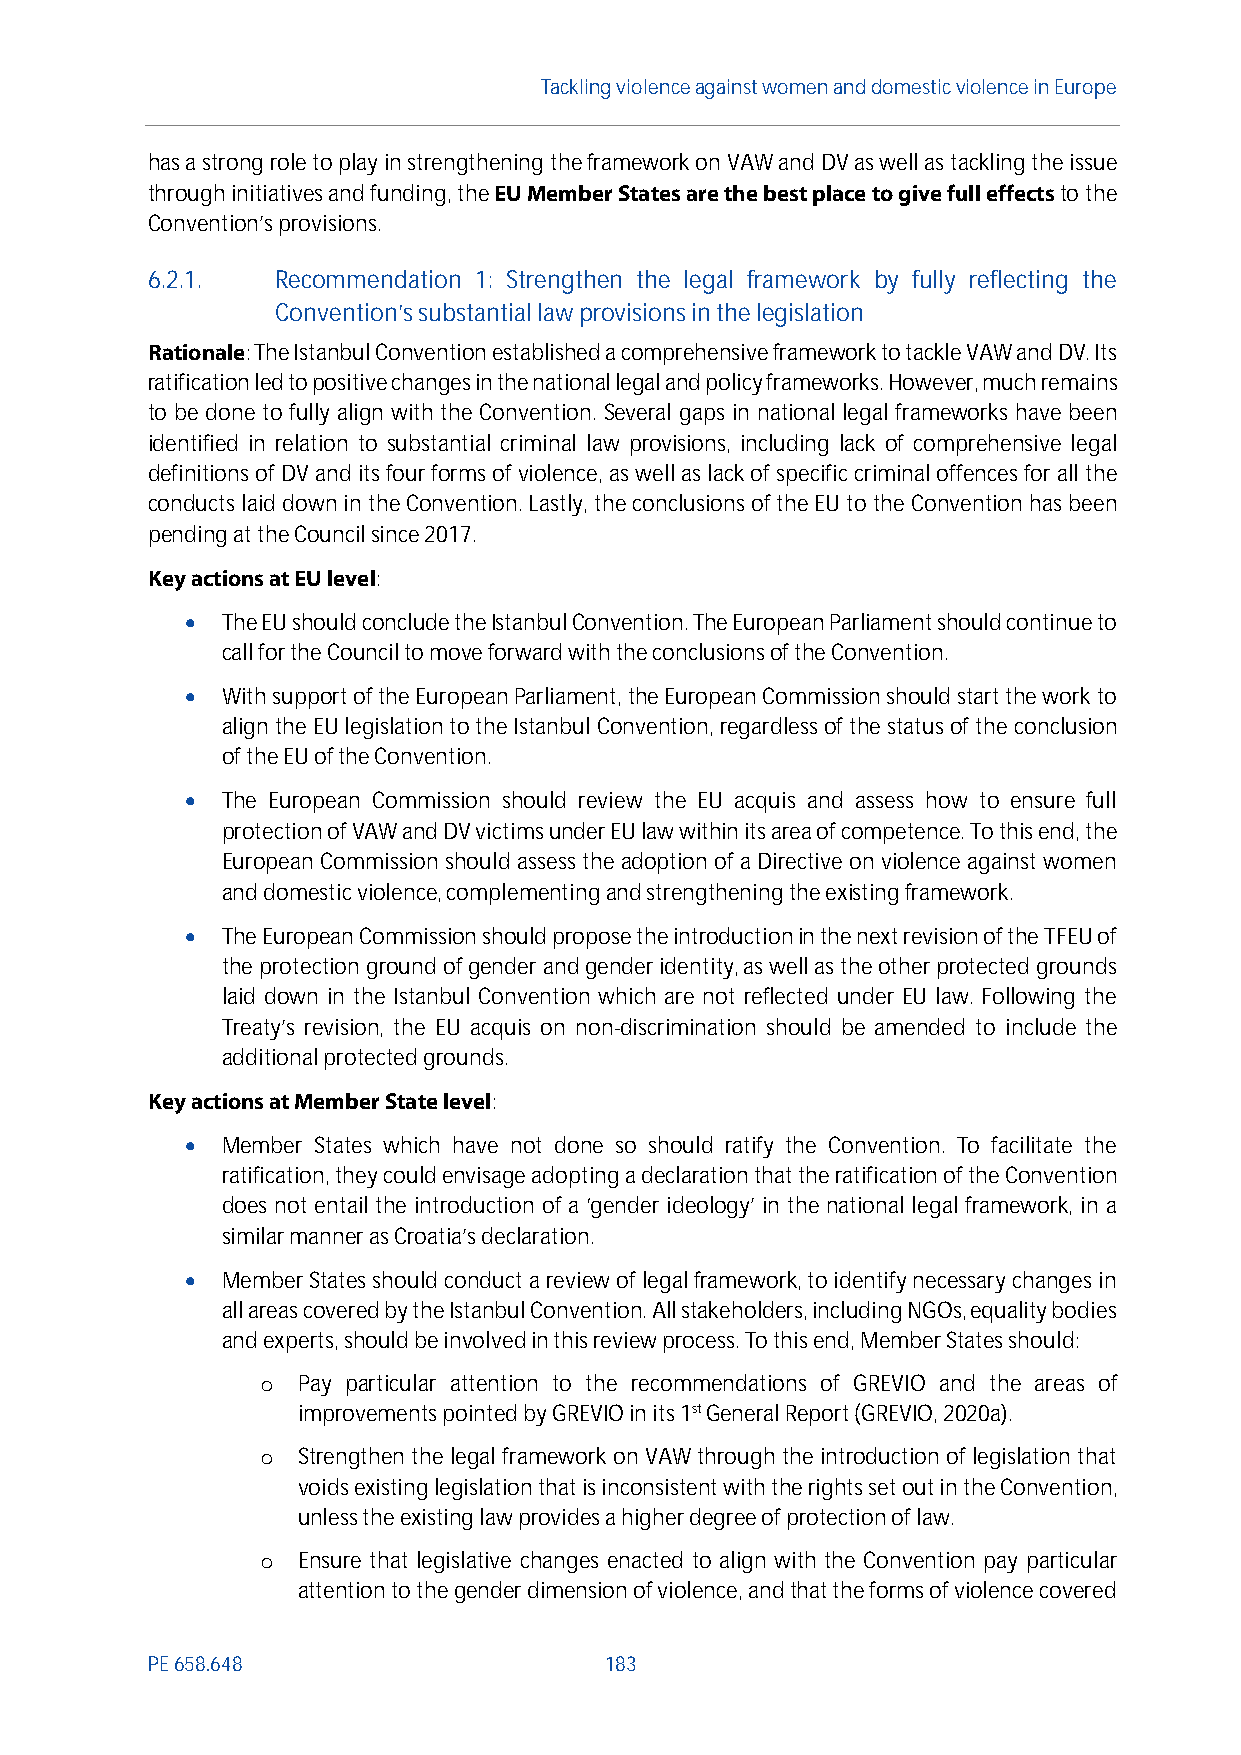
Tackling violenceagainst women anddomesticviolence in Europe
 has a strong role to play in strengthening theframework on VAW and DV as well as tackling the issue
 through initiatives and funding, theEU Member Statesarethe best place to give full effectsto the
 Convention’s provisions.
 6.2.1.  Recommendation 1: Strengthen the legal framework by fully reflecting the
 Convention’s substantial law provisions in the legislation
 Rationale: The Istanbul Convention established a comprehensive framework to tackle VAW and DV. Its
 ratification led to positive changes in the national legal and policy frameworks. However, much remains
 to be done to fully align with the Convention. Several gaps in national legal frameworks have been
 identified in relation to substantial criminal law provisions, including lack of comprehensive legal
 definitions of DV and its four forms of violence, as well as lack of specific criminal offences for all the
 conducts laid down in the Convention. Lastly, the conclusions of the EU to the Convention has been
 pending at the Council since 2017.
 Key actions at EU level:
   The EU should conclude theIstanbulConvention.The European Parliament should continue to
 call for the Council to move forward with the conclusions of the Convention.
   With support of the EuropeanParliament, the European Commission should start the work to
 align the EU legislation to the Istanbul Convention, regardless of the status of the conclusion
 of the EUofthe Convention.
   The European Commission should review the EU acquis and assess how to ensure full
 protection ofVAW and DV victimsunder EU law within its area of competence. To this end, the
 European Commission should assess theadoption of a Directive on violence against women
 and domestic violence, complementingand strengtheningthe existing framework.
   The European Commission should propose the introductionin the next revision of the TFEUof
 the protection ground ofgender andgender identity, as well as the other protected grounds
 laid down in the Istanbul Convention which are not reflected under EU law. Following the
 Treaty’s revision, the EU acquis on non-discrimination should be amended to include the
 additional protected grounds.
 Key actions at Member State level:
   Member States which have not done so should ratify the Convention. To facilitate the
 ratification, theycouldenvisage adopting a declaration that the ratification of the Convention
 does not entail the introduction of a ‘gender ideology’ in the national legal framework, in a
 similar manner as Croatia’s declaration.
   MemberStates should conduct a review of legalframework, to identify necessary changes in
 all areas covered by the Istanbul Convention. All stakeholders, including NGOs, equality bodies
 and experts, should be involvedin this review process.To this end, MemberStates should:
 Pay particular attention to the recommendations of GREVIO and the areas of
 o
 improvements pointed by GREVIO in its 1stGeneral Report (GREVIO, 2020a).
 Strengthen the legal framework on VAWthrough the introduction of legislation that
 o
 voidsexisting legislation that is inconsistent with the rights set out in the Convention,
 unless the existing law provides a higher degree of protection of law.
 Ensure that legislative changes enacted to align with the Convention pay particular
 o
 attention to thegender dimension of violence, andthat the forms of violence covered
 PE658.648                     183